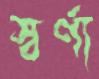
স্বর্ণা